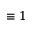
\equiv 1